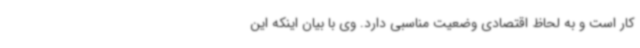
کار است و به لحاظ اقتصادی وضعیت مناسبی دارد. وی با بیان اینکه این